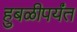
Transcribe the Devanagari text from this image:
हुबळीपर्यंत